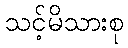
သင့်မိသားစု